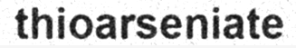
thioarseniate